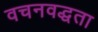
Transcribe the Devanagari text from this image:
वचनवद्धता